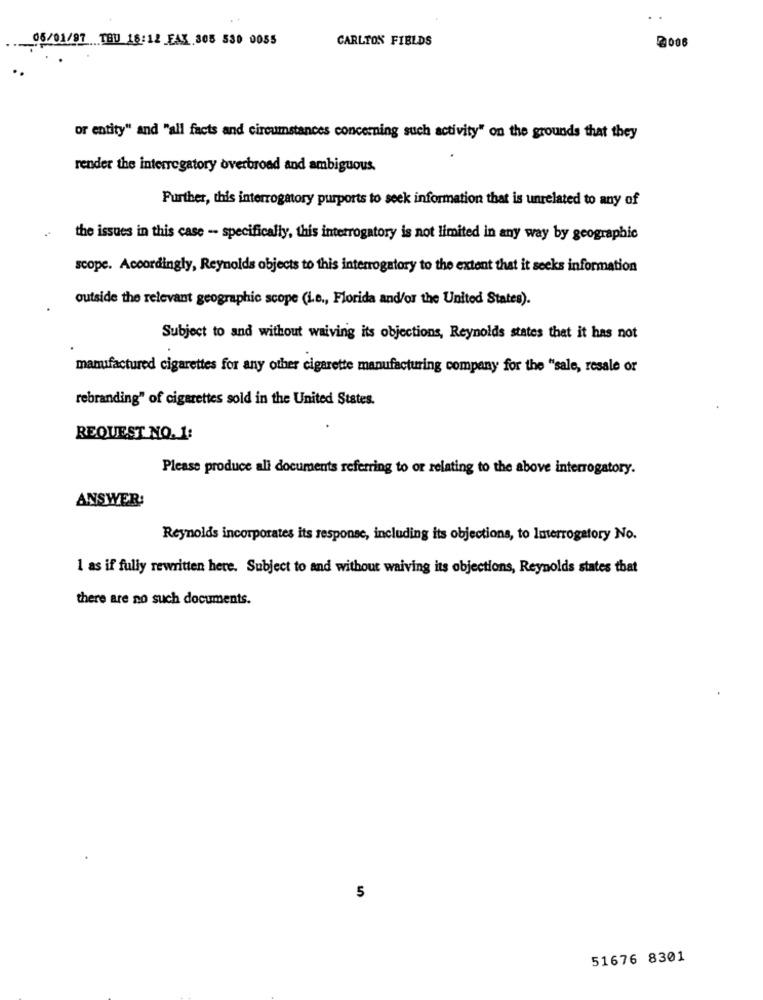
05/01/97 TOU 18:12 FAX 305 530 0055
CARLTON FIELDS
2006
or entity" and "all facts and circumstances concerning such activity" on the grounds that they
render the interrogatory overbroad and ambiguous.
Further, this interrogatory purports to seek information that is unrelated to any of
the issues in this case - specifically, this interrogatory is not limited in any way by geographic
scope. Accordingly, Reynolds objects to this interrogatory to the extent that it seeks information
outside the relevant geographic scope (i.e ., Florida and/or the United States).
Subject to and without waiving its objections, Reynolds states that it has not
manufactured cigarettes for any other cigarette manufacturing company for the "sale, resale or
rebranding" of cigarettes sold in the United States.
REQUEST NO. 1:
Please produce ali documents referring to or relating to the above interrogatory.
ANSWER:
Reynolds incorporates its response, including its objections, to Interrogatory No.
1 as if fully rewritten here. Subject to and without waiving its objections, Reynolds states that
there are no such documents.
5
51676 8301